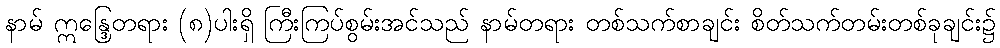
နာမ် ဣန္ဒြေတရား (၈)ပါးရှိ ကြီးကြပ်စွမ်းအင်သည် နာမ်တရား တစ်သက်စာချင်း စိတ်သက်တမ်းတစ်ခုချင်း၌